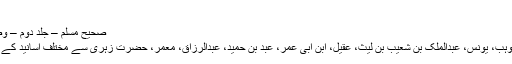
کسی……
صحیح مسلم – جلد دوم – وصیت کا بیان – حدیث 1715
ابوطاہر، حرملہ بن یحیی، ابن وہب، یونس، عبدالملک بن شعیب بن لیث، عقیل، ابن ابی عمر، عبد بن حمید، عبدالرزاق، معمر، حضرت زہری سے مختلف اسانید کے ساتھ یہ حدیث کی مروی ہے۔